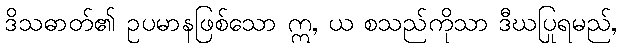
ဒိသဓာတ်၏ ဥပမာနဖြစ်သော ဣ, ယ စသည်ကိုသာ ဒီဃပြုရမည်,